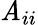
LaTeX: \mathit{A}_{ii}